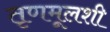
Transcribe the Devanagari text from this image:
तृणमूलशी